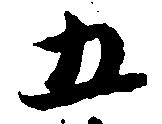
五